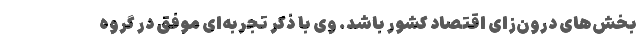
بخش‌های درون‌زای اقتصاد کشور باشد. وی با ذکر تجربه‌ای موفق در گروه